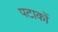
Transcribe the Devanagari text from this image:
पटाकों